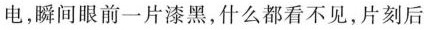
电，瞬间眼前一片漆黑，什么都看不见，片刻后